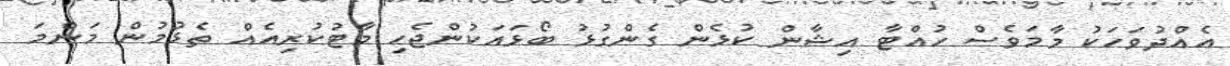
އެއްދުވަހަކު މާމަވެސް ހުއްޓާ އިޝާން ކުޅެން ގެންގުޅު ބޯޅައަކުންޖެހި މާޓުކުރިއެއް ތެޅުމުން މަންމަ